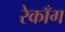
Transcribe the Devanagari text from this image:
रेकाँग